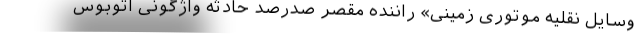
وسایل نقلیه موتوری زمینی» راننده مقصر صدرصد حادثه واژگونی اتوبوس